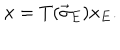
LaTeX: x = T ( \vec { \sigma } _ { E } ) x _ { E } .